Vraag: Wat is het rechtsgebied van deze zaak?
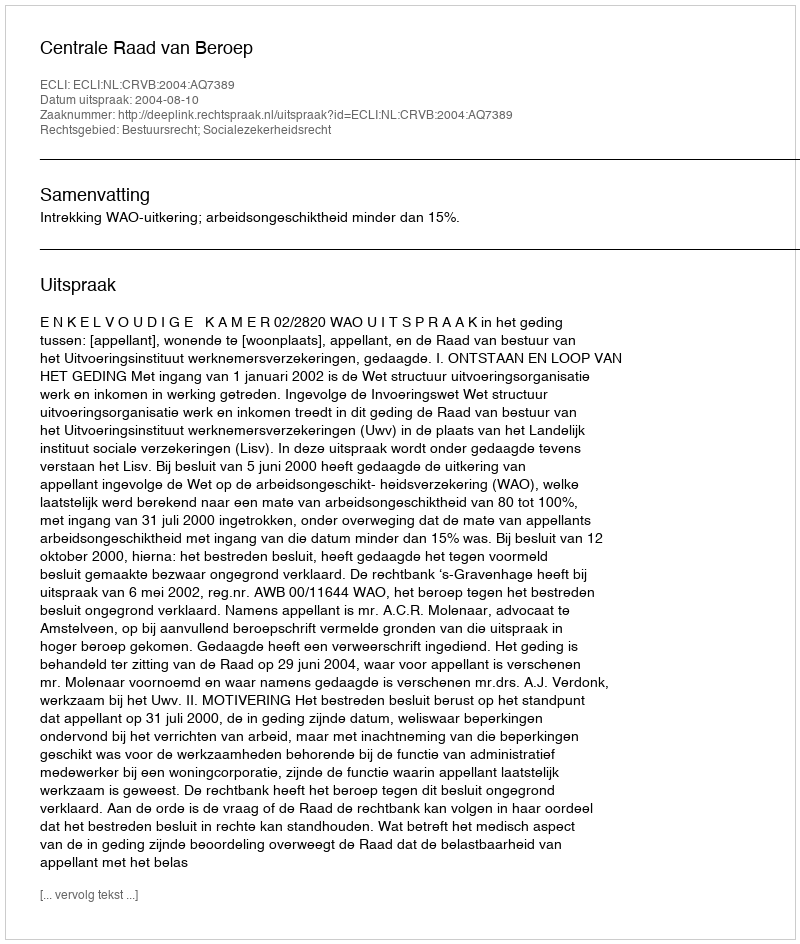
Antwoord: Bestuursrecht; Socialezekerheidsrecht